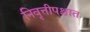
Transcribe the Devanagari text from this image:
निवृत्तीपश्चात